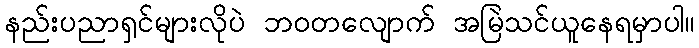
နည်းပညာရှင်များလိုပဲ ဘဝတလျောက် အမြဲသင်ယူနေရမှာပါ။